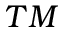
T M